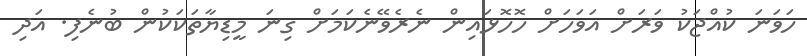
ހަވަނަ ކުއްޖަކު ވަރަށް އަވަހަށް ހޮހޮޅައިން ނެރެވޭނެކަމަށް ގިނަ މީޑިޔާތަކަކުން ބުނެފި. އަދި